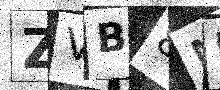
Text: ZVB8MU